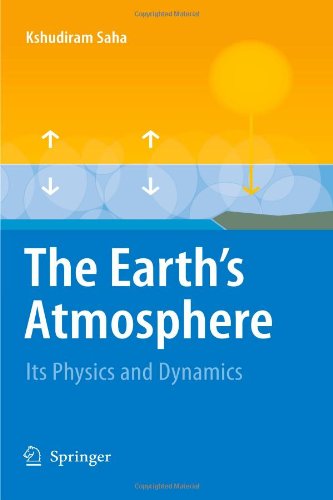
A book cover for The Earth's Atmosphere: Its Physics and Dynamics; Kshudiram Saha; Science & Math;